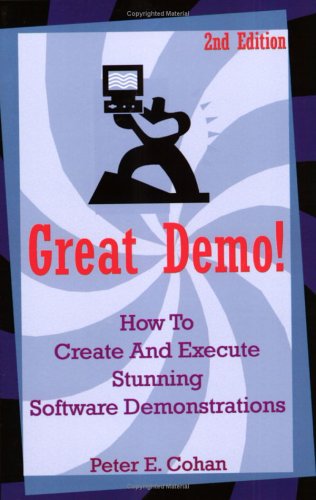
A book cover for Great Demo!: How To Create And Execute Stunning Software Demonstrations; Peter Cohan; Business & Money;